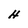
Character: H